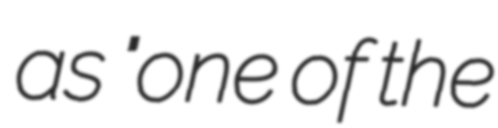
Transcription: as "one of the